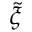
\tilde { \xi }